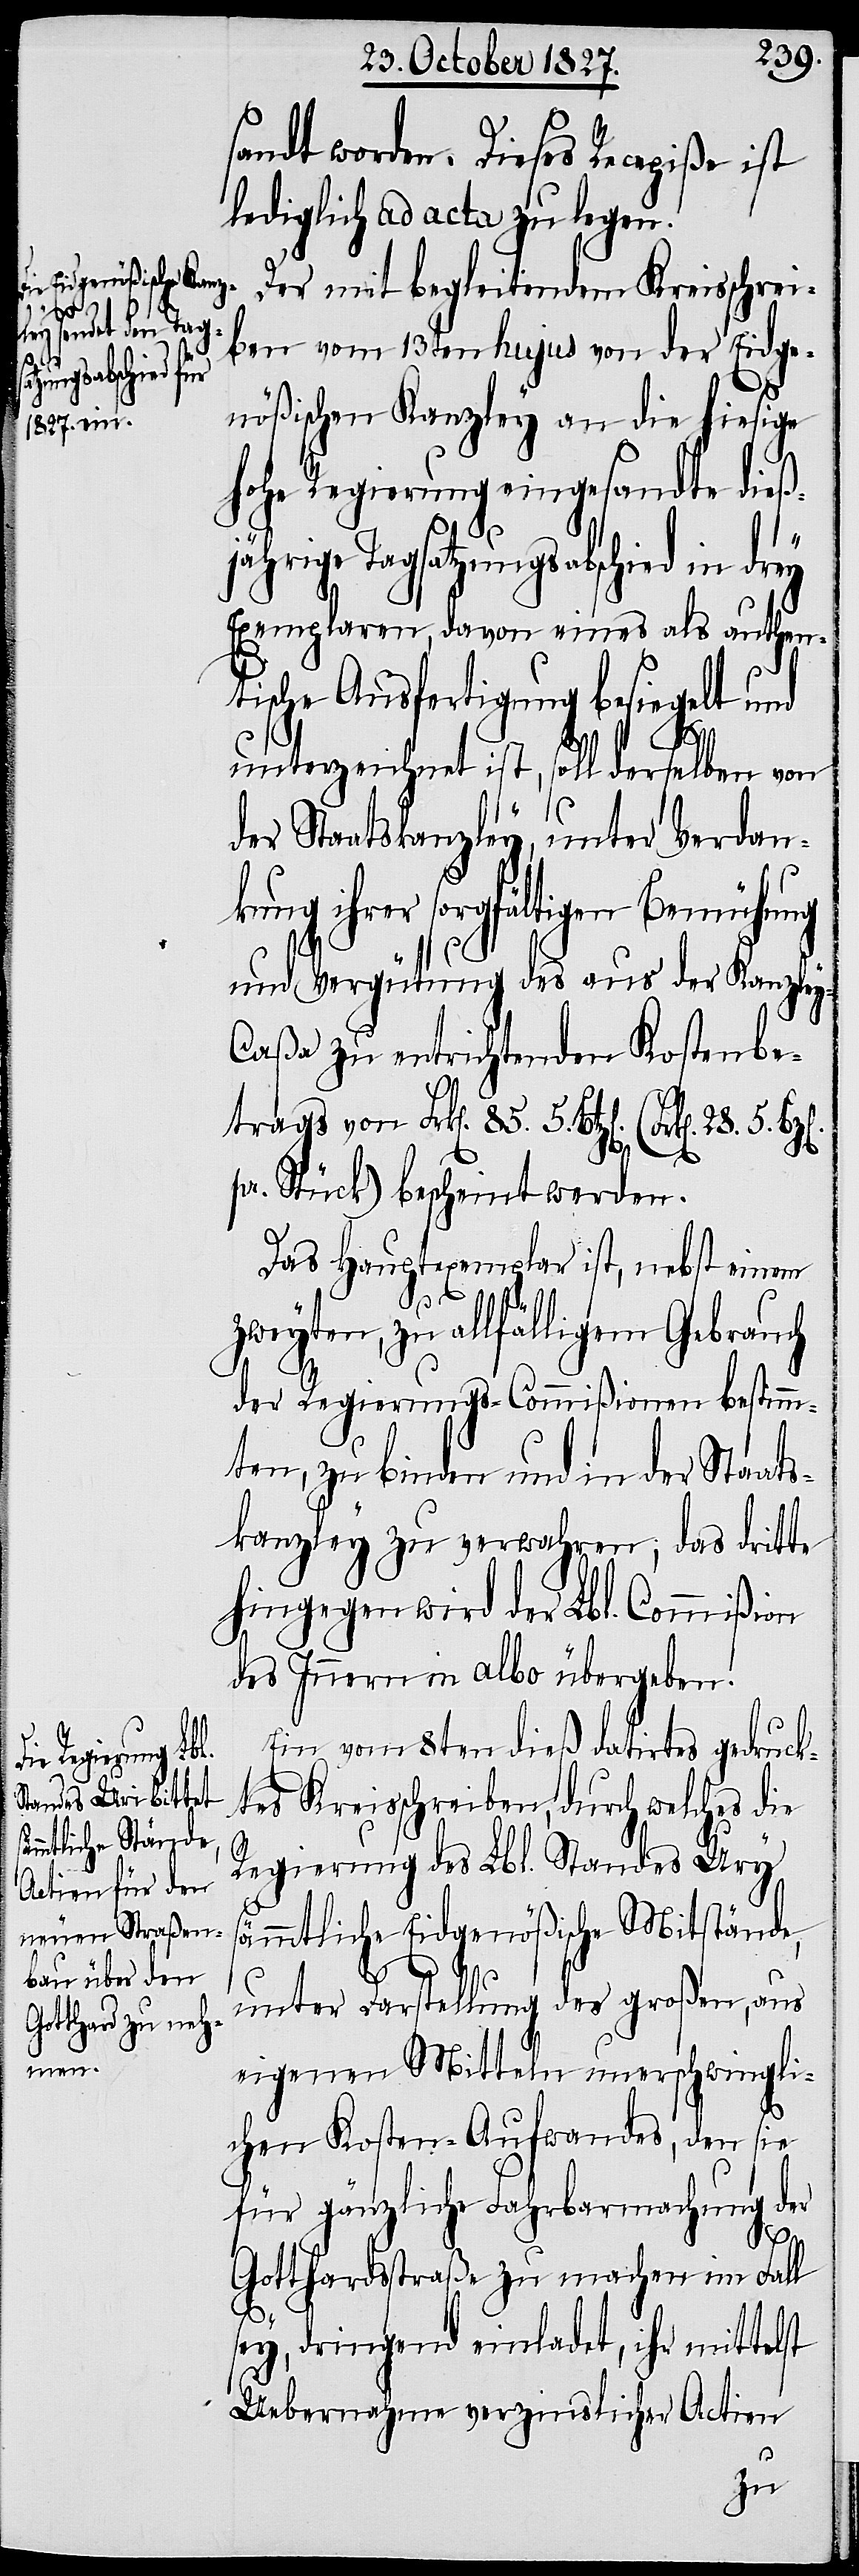
sandt worden. Dieses Recepiße ist
lediglich ad acta zu legen.
Der mit begleitendem Kreisschrei¬
ben vom 13ten hujus von der Eidge¬
nößischen Kanzley an die hiesige
Bz[en].
hohe Regierung eingesandte dieß¬
jährige Tagsatzungsabschied in drey
Exemplaren, davon eines als authen¬
tische Ausfertigung besiegelt und
unterzeichnet ist, soll derselben von
der Staatskanzley, unter Verdan¬
kung ihrer sorgfältigen Bemühung
und Vergütung des aus der Kanzley-C¬
aßa zu entrichtenden Kostenbe¬
trags von Frk[en]. 85. 5. Btz[en].
pr. Stück) bescheint werden
Das Hauptexemplar ist, nebst einem
zweyten, zu allfälligem Gebrauch
der Regierungs-Commißion bestimm¬
ten, zu binden und in der Staats¬
kanzley zu verwahren, das dritte
hingegen wird der Lbl. Commißion
des Innern in albo übergeben.
Ein vom 8ten dieß datirtes gedruck¬
tes Kreisschreiben, durch welches die
Regierung des Lbl. Standes Ury
sämmtliche Eidgenößische Mitstände,
unter Darstellung des großen, aus
eigenen Mitteln unerschwingli¬
chen Kosten-Aufwandes, den sie
für gänzliche Fahrbarmachung der
Gotthardstraße zu machen im Fall
sey, dringend einladet, ihr mittelst
Uebernahme verzinslicher Actien
5.